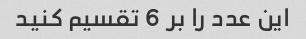
این عدد را بر 6 تقسیم کنید